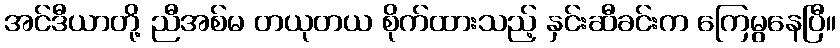
အင်ဒီယာတို့ ညီအစ်မ တယုတယ စိုက်ထားသည့် နှင်းဆီခင်းက ကြေမွနေပြီ။